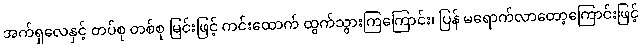
အက်ရှလေနှင့် တပ်စု တစ်စု မြင်းဖြင့် ကင်းထောက် ထွက်သွားကြကြောင်း၊ ပြန် မရောက်လာတော့ကြောင်းဖြင့်